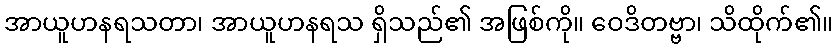
အာယူဟနရသတာ၊ အာယူဟနရသ ရှိသည်၏ အဖြစ်ကို။ ဝေဒိတဗ္ဗာ၊ သိထိုက်၏။